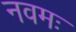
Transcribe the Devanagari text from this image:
नवमः